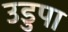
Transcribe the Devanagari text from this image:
उडुपा